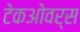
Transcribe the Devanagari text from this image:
टेकओवर्स